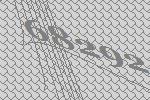
68292